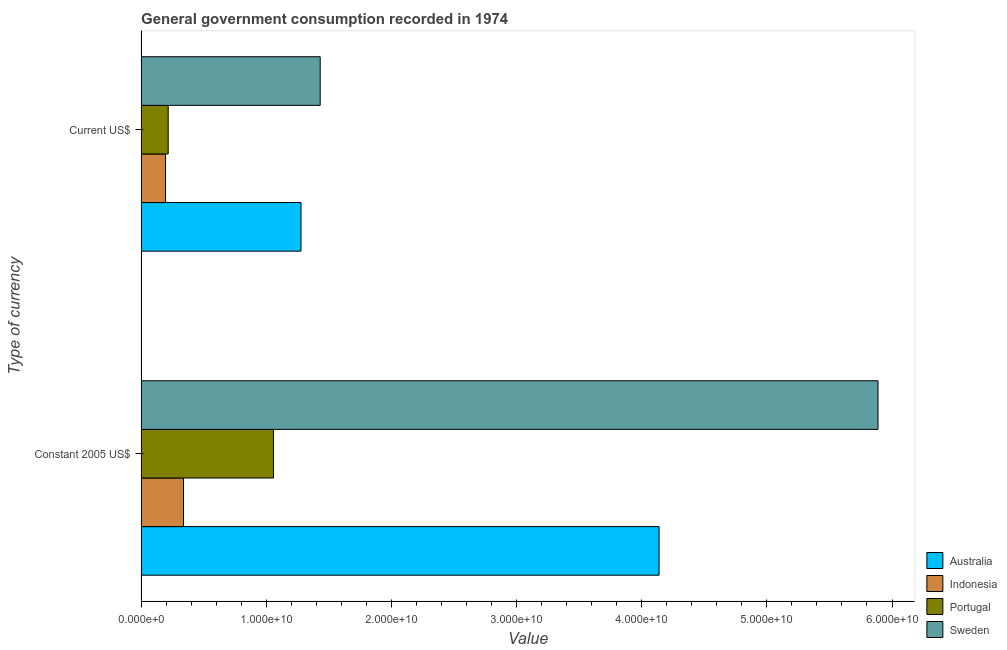
| Type of currency | Australia | Indonesia | Portugal | Sweden |
 | --- | --- | --- | --- | --- |
 | Constant 2005 US$ | 4.14e+10 | 3.38e+09 | 1.06e+10 | 5.89e+10 |
 | Current US$ | 1.28e+10 | 1.95e+09 | 2.16e+09 | 1.43e+10 |